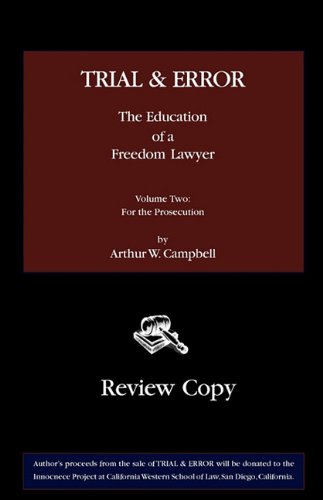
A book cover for Trial & Error: The Education of a Freedom Lawyer, Volume Two: For the Prosecution; Arthur W. Campbell; Law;